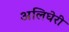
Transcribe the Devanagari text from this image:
अलिघेरी